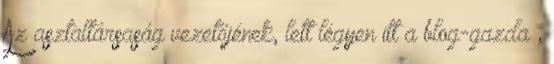
Az asztaltársaság vezetőjének, lett légyen itt a blog-gazda ,